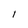
Character: l